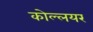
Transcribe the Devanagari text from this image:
कोल्लयर